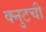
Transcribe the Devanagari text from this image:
क्नुटची